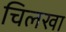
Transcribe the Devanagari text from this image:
चिलखा